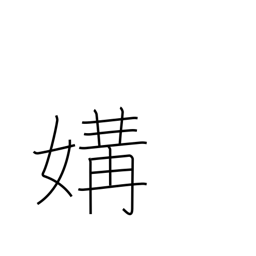
Meaning: intimacy